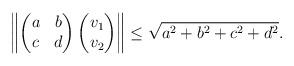
LaTeX: \begin{align*} \left\| \begin{pmatrix}a& b \\c& d\end{pmatrix}\begin{pmatrix}v_1 \\v_2\end{pmatrix} \right\| \leq \sqrt{a^2 + b^2 + c^2 +d^2} .\end{align*}